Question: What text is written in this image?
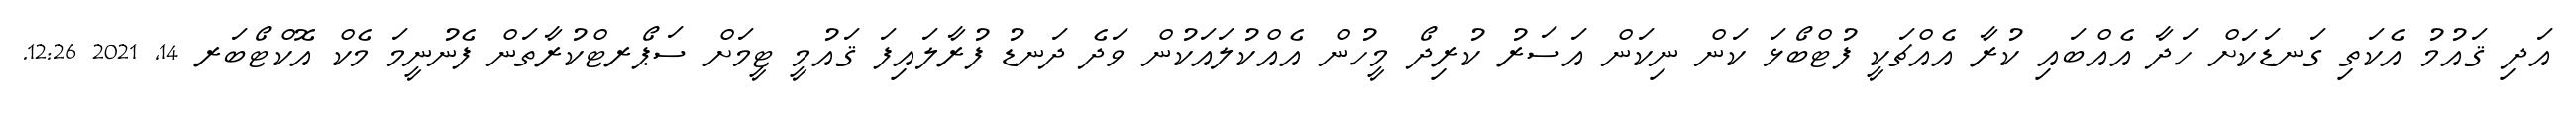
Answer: އަދި ޤައުމު އެކަތި ގަނޑަކަށް ހަދާ އެއްބައި ކުރާ އެއްޗަކީ ފުޓްބޯޅަ ކަން ނިކަން އަސަރު ކުރިދޯ މީހުން އެއްކުލައަކުން ވަދެ ދަނޑު ފުރާލައިފަ ޤައުމީ ޓީމަށް ސަޕޯރޓްކުރާތަން ފެނުނީމަ މެކް އޮކްޓޯބަރ 14, 2021 12:26.